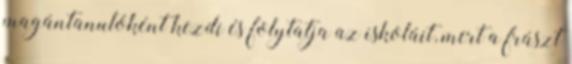
magántanulóként kezdi és folytatja az iskoláit, mert a frászt